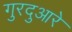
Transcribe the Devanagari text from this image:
गुरदुआरे